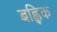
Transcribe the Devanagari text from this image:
बह्लिक